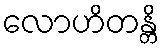
လောဟိတန္တိ